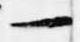
一